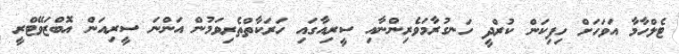
ޓެލްހާމާ އަވަހަށް ހިފިކަން ކުރްދީ ހަނގުރާމަވެރިންނާއި ސީރިއާގައި ހަރަކާތްތެރިވަމުން އަންނަ ސީރިއަން އޮބްޒަވޭޓްރީ